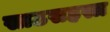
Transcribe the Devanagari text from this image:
साठसहस्त्र